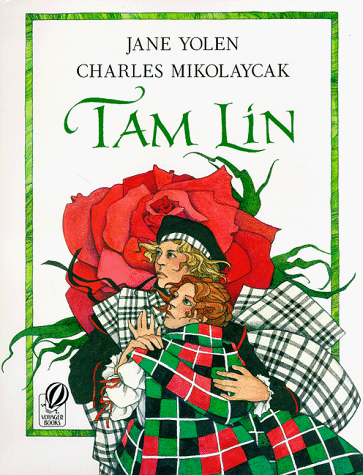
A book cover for Tam Lin; Jane Yolen; Children's Books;